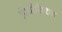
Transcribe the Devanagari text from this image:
प्रिपोज़िशन